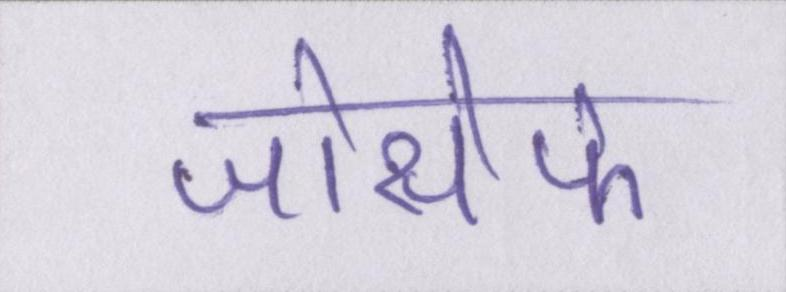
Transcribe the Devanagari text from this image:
जोसेफ